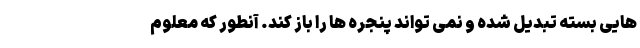
هایی بسته تبدیل شده و نمی تواند پنجره ها را باز کند. آنطور که معلوم